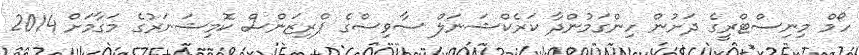
ހޯމް މިނިސްޓްރީގެ ދަށުން ހިންގަމުންދާ ކަރެކްޝަނަލް ސާވިސްގެ ޕްރިޒަންސް ކޮމިޝަނަރުގެ މަގާމަށް 2014